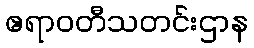
ဧရာဝတီသတင်းဌာန